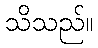
သိသည်။